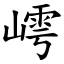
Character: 嶀